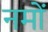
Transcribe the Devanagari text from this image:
नमों